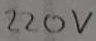
Text: 220V